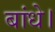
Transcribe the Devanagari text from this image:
बांधे।